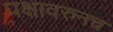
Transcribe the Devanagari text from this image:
पक्षावरुनच